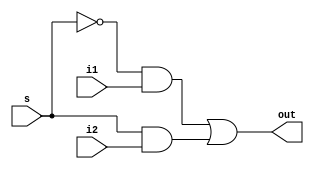
// 2 to 1 mux

module MUX_2to1 (out, i1, i2, s);

    output out;     // output zz
    input i1, i2;   // input 8bits
    input s;   // select 3bits

    wire andout[1:0];  // and gate output

    and a0(andout[0], ~s, i1);
    and a1(andout[1],  s, i2);

    or or1(out, andout[0], andout[1]);

endmodule